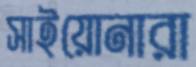
সাইয়োনারা